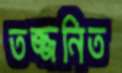
তজ্জনিত